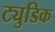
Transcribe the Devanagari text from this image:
ट्युडिक